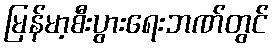
မြန်မာ့စီးပွားရေးဘဏ်တွင်